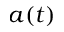
a ( t )